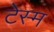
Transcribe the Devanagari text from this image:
टेस्म